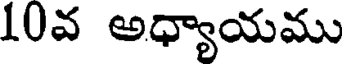
10వ అధ్యాయము